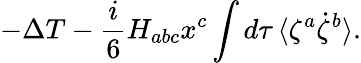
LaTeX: -\Delta T-\frac{i}{6}H_{abc}x^{c}\int d\tau\, \langle\zeta^{a}\dot{\zeta}^{b}\rangle.